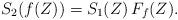
LaTeX: \begin{align*}S_2( f(Z)) = S_1(Z)\, F_f(Z).\end{align*}